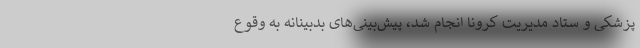
پزشکی و ستاد مدیریت کرونا انجام شد، پیش‌بینی‌های بدبینانه به وقوع